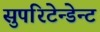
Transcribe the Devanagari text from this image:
सुपरिटेन्डेन्ट